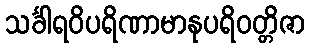
သင်္ခါရဝိပရိဏာမာနုပရိဝတ္တိဇာ